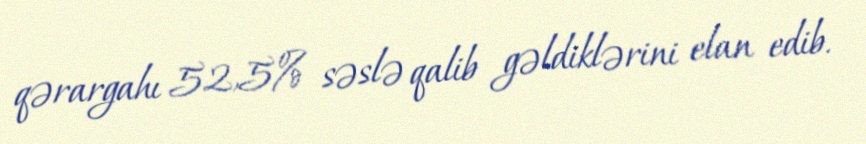
qərargahı 52,5% səslə qalib gəldiklərini elan edib.